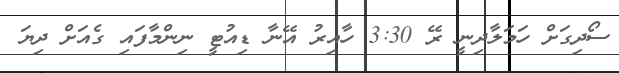
ސޯދިގަށް ހަމަލާދިނީ ރޭ 3:30 ހާއިރު އޭނާ ޑިއުޓީ ނިންމާފައި ގެއަށް ދިޔަ